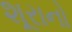
શૂરાનો